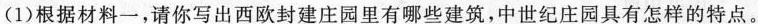
(1)根据材料一，请你写出西欧封建庄园里有哪些建筑，中世纪庄园具有怎样的特点。